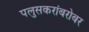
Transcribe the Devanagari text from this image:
पलुसकरांबरोबर